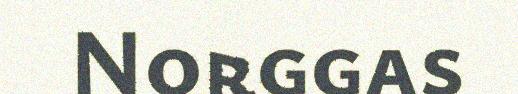
Norggas